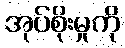
အုပ်စိုးမှုကို